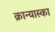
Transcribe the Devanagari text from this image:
क्रान्यास्का